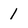
Character: l